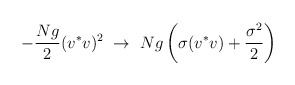
\begin{align*}-{Ng\over 2}(v^*v)^2\ \to\ Ng\left(\sigma(v^*v)+{\sigma^2\over 2}\right)\end{align*}